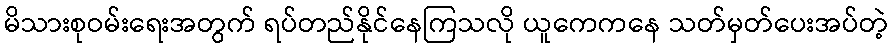
မိသားစုဝမ်းရေးအတွက် ရပ်တည်နိုင်နေကြသလို ယူကေကနေ သတ်မှတ်ပေးအပ်တဲ့